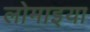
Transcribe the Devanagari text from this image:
लोमाइया